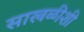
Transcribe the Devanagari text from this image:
साखळीशी